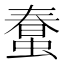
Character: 𧎌